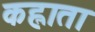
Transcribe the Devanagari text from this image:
कह्लाता